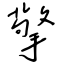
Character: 擎